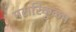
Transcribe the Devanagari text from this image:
मरारिकुळम